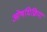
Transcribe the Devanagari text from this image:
ओषधिक्रिया